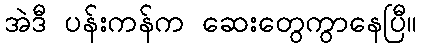
အဲဒီ ပန်းကန်က ဆေးတွေကွာနေပြီ။